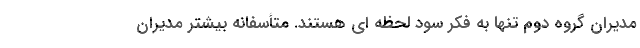
مدیران گروه دوم تنها به فکر سود لحظه ای هستند. متأسفانه بیشتر مدیران